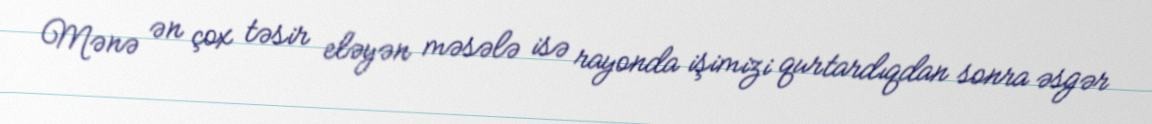
Mənə ən çox təsir eləyən məsələ isə rayonda işimizi qurtardıqdan sonra əsgər